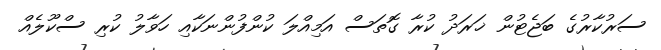
ސަރުކާރުގެ ބަޖެޓުން ޚަރަދު ކުރާ ގޮތަސް އަމިއްލަ ކުންފުންނަކާއި ހަވާލު ކުރި ސްކޫލެއް